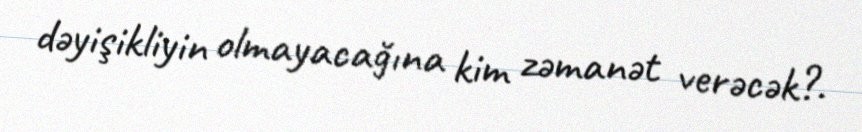
dəyişikliyin olmayacağına kim zəmanət verəcək?.